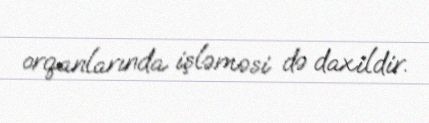
orqanlarında işləməsi də daxildir.